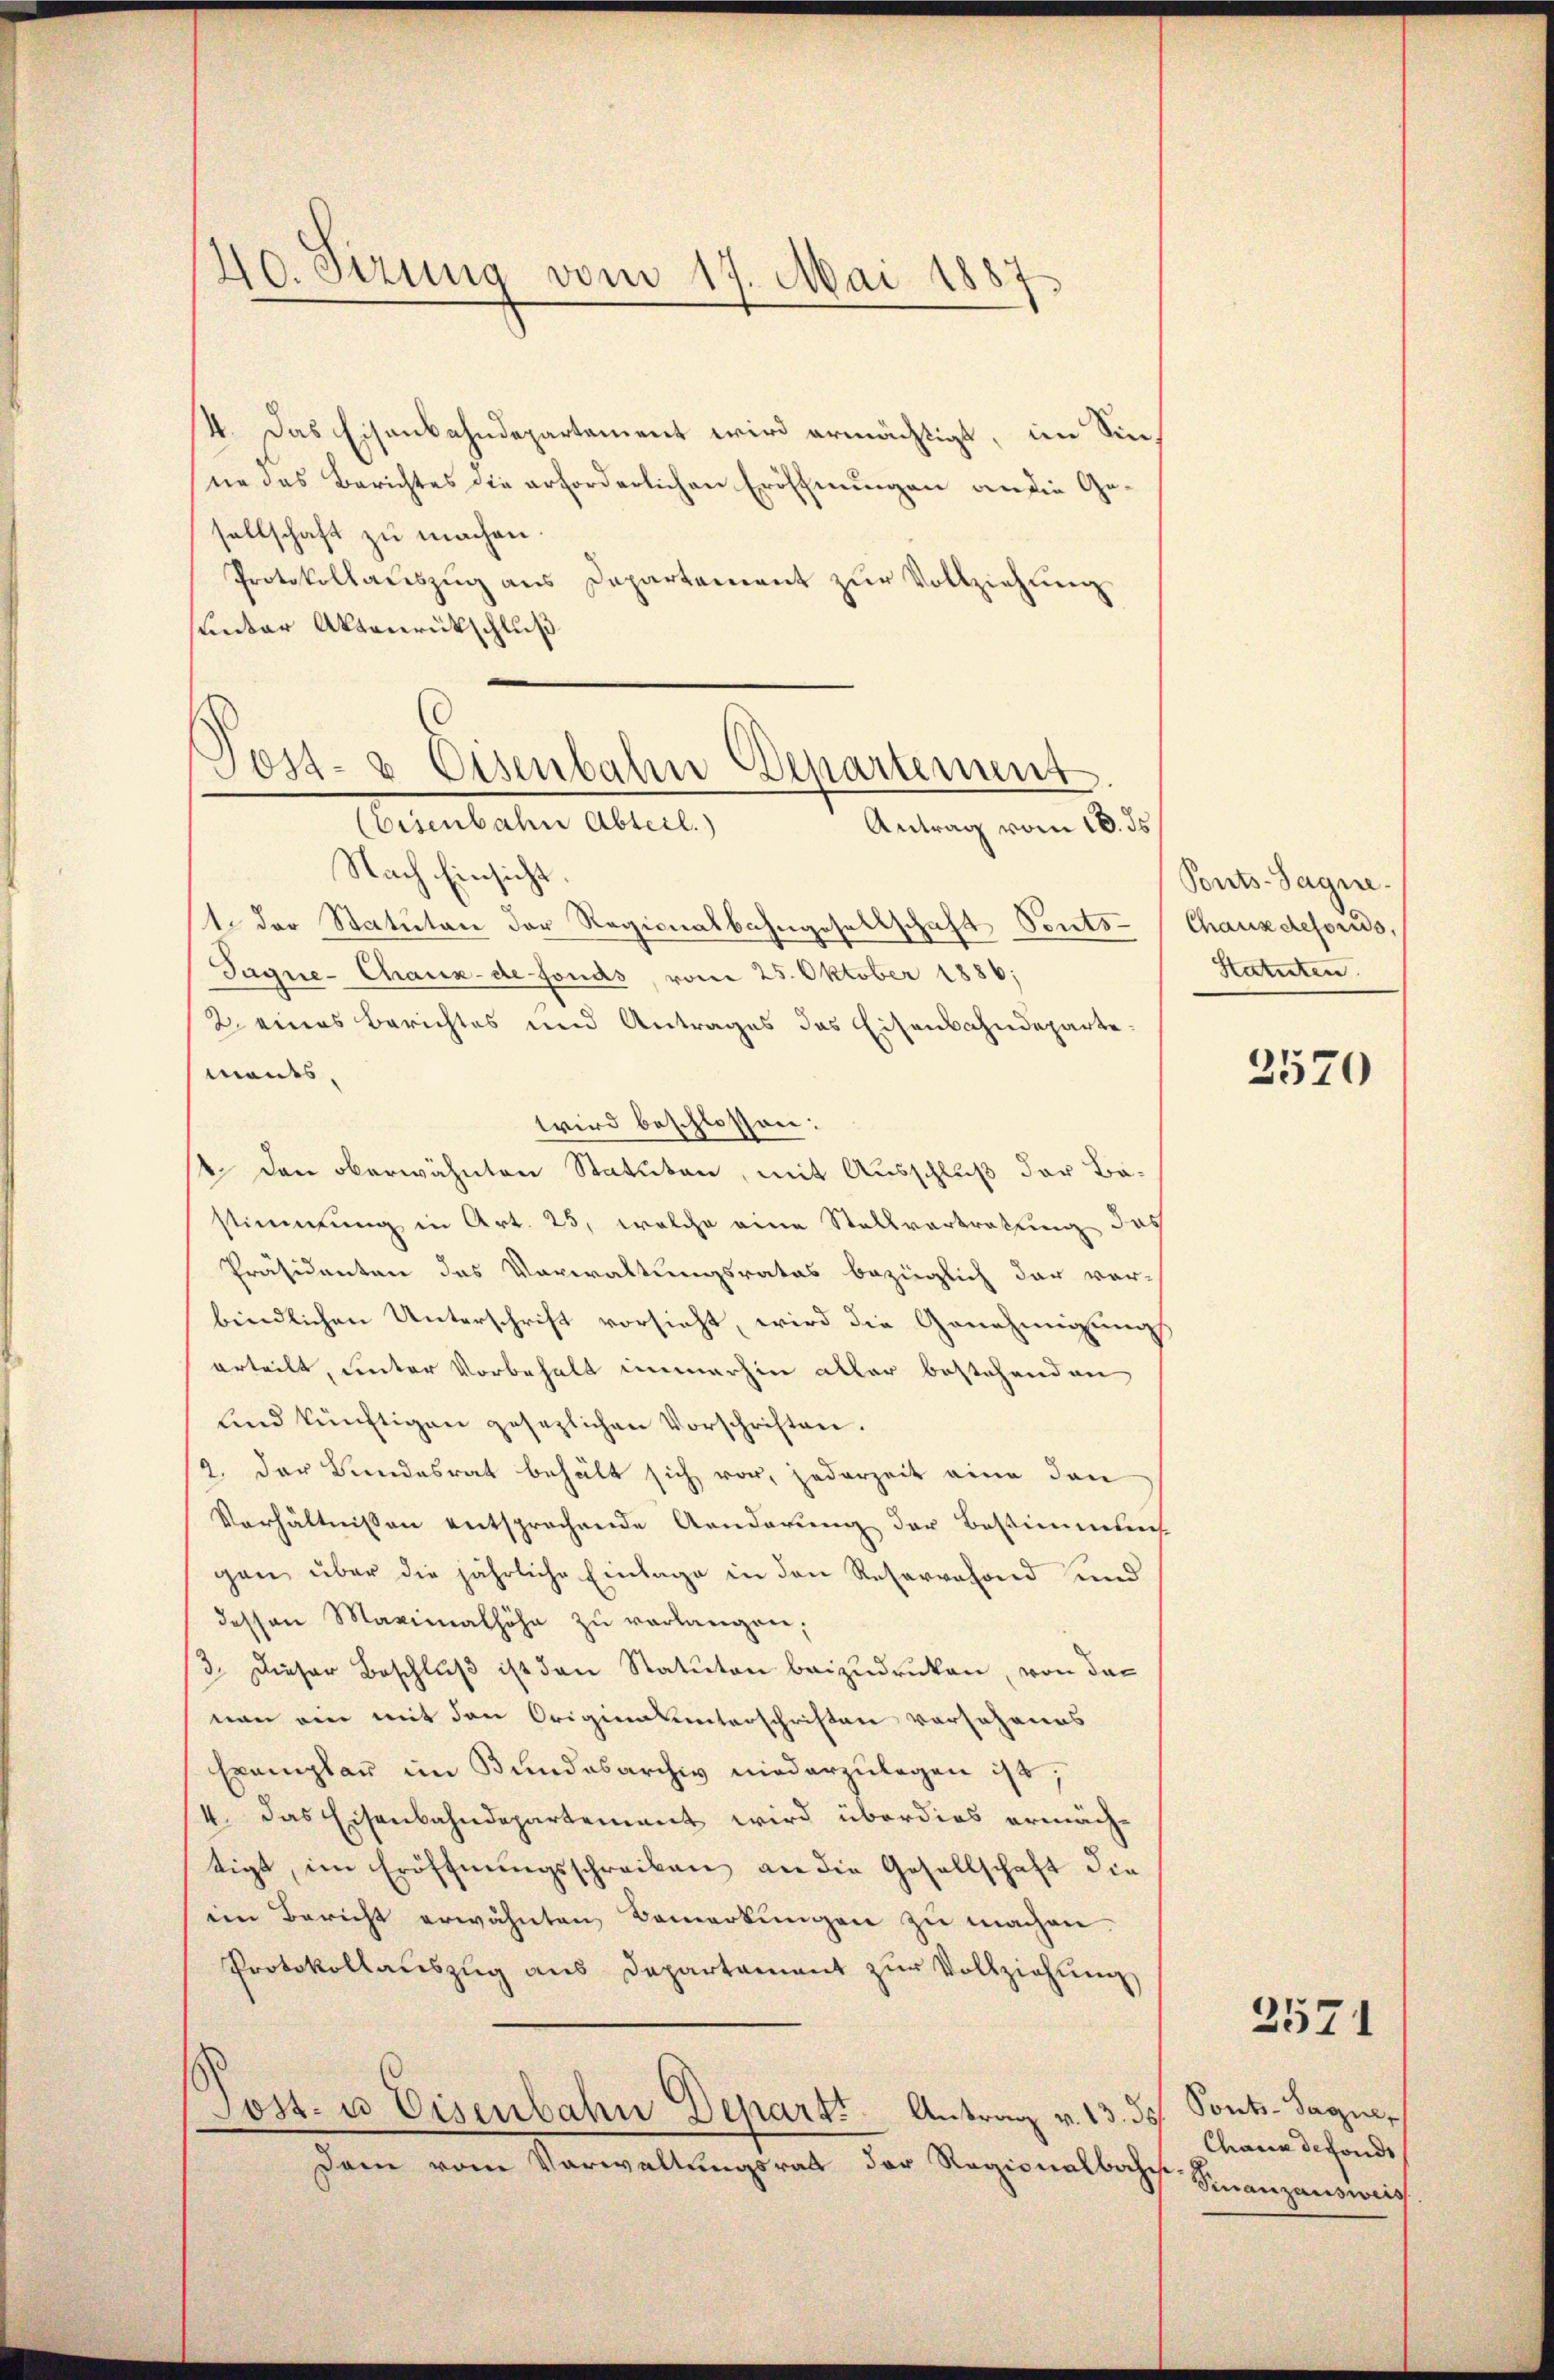
40. Sizung vom 17. Mai 1887.

4. Das Eisenbahndepartement wird ermächtigt, im Sinne das Berichtes die erforderlichen Eröffnungen an die Gesellschaft zu machen.
Protokollauszug aus Departement zur Vollziehung
sunder Aktenrückschluß
Post- & Eisenbahn Departement

(Eisenbahn Abteil.)
Antrag vom 10. ds

Nach Einsicht.
1. der Statuten der Regionalbahngesellschaft Sonts¬
Sagne- Chaux-de fonds, vom 25. Oktober 1886;
2. eines Berichtes und Antrages das Eisenbahndepartemants
wird beschlossen:
4. Den oberwähnten Statuten, mit Ausschluß der Bastimmung in Art. 25, welche eine Stellvertrettung des
Präsidenten das Vorwaltungsrates bezüglich dar vor-
bindlichen Unterschrift vorsieht, wird die Genehmigung
erteilt, unter Vorbehalt immerhin aller bestehenden
und künftigen gesezlichen Vorschriften.
2. Der Bundesrat behält sich vor, jederzeit eine den
Verhältnissen entsprochende Aenderung der Bestimmung
gen über die jährliche Einlage in den Reservefond und
dessen Maximalhöhe zŭ verlangen;
3. Dieser Beschluß ist den Statuten beizudruken, von das
nen ein mit den Origierunterschriften verschenes
Exemplar im Bundesarchiv niederzulegen ist;
4. Das Eisenbahndepartement wird überdies ermächtigt, im Eröffnŭngsschreiben an die Gesellschaft die
iin Bericht erwähnten Bemerkŭngen zu machen.
Protokollauszug aus Departament zur Vollziehung
Post- u Eisenbahn Depart. Antrag v. 13. 35
dam vom Verwaltungsrath der Regionalbahn.

Ponts-Sagne.
Chaus detoris,
Statuten

3570

Sonts-Sagner
Chaux defonds
Finanzausweis

2571